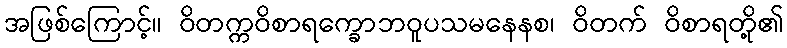
အဖြစ်ကြောင့်။ ဝိတက္ကဝိစာရက္ခောဘဝူပသမနေနစ၊ ဝိတက် ဝိစာရတို့၏